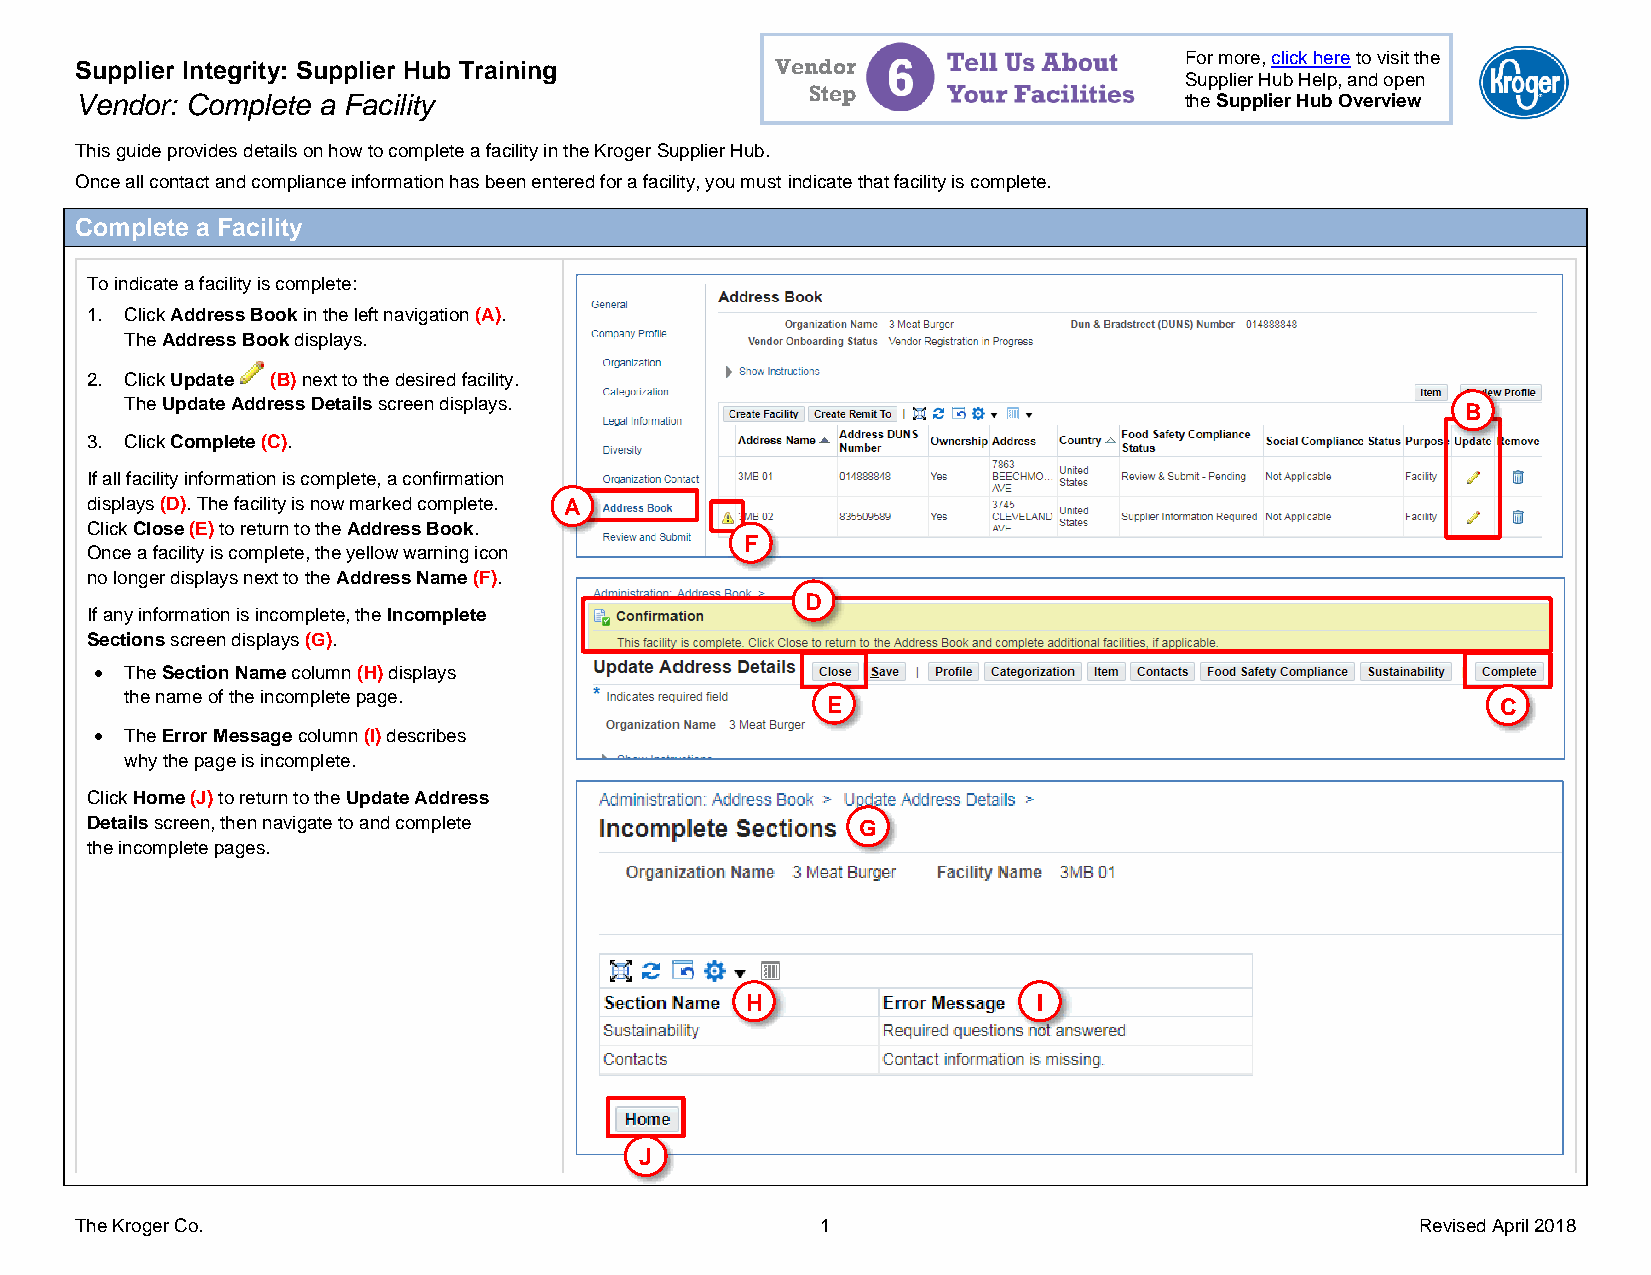
For more, click here to visit the
 Supplier Integrity: Supplier Hub Training     Vendor
 Supplier Hub Help, and open
 Vendor: Complete a Facility
 Step
 the Supplier Hub Overview
 This guide provides details on how to complete a facility in the Kroger Supplier Hub.
 Once all contact and compliance information has been entered for a facility, you must indicate that facility is complete.
 Complete a Facility
 To indicate a facility is complete:
 1. Click Address Book in the left navigation (A).
 The Address Book displays.
 2. Click Update (B) next to the desired facility.
 The Update Address Details screen displays.                                              B
 3. Click Complete (C).
 If all facility information is complete, a confirmation
 displays (D). The facility is now marked complete. A
 Click Close (E) to return to the Address Book.
 F
 Once a facility is complete, the yellow warning icon
 no longer displays next to the Address Name (F).
 D
 If any information is incomplete, the Incomplete
 Sections screen displays (G).
 • The Section Name column (H) displays
 the name of the incomplete page.               E                                           C
 • The Error Message column (I) describes
 why the page is incomplete.
 Click Home (J) to return to the Update Address
 Details screen, then navigate to and complete      G
 the incomplete pages.
 H                   I
 J
 _
 The Kroger Co.                                   1                                       Revised April 2018